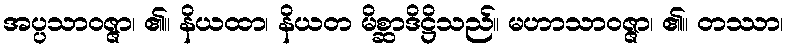
အပ္ပသာဝဇ္ဇာ၊ ၏။ နိယထာ၊ နိယတ မိစ္ဆာဒိဋ္ဌိသည်။ မဟာသာဝဇ္ဇာ၊ ၏။ တဿာ၊